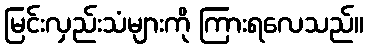
မြင်းလှည်းသံများကို ကြားရလေသည်။